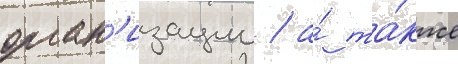
орган'изации / а́ та́кже